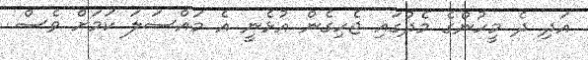
އަދި ދެ މީހުންގެ މެދުގައި ޖެހިގެން އުޅެނީ އެ މައްސަލަ ކަމަށް ވެސް